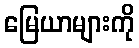
မြေယာများကို